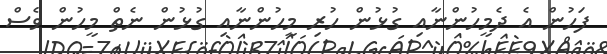
ފަހުން އެ ދެމީހުންނާއި ގުޅުން ހުރި މީހުންނާއި ގުޅުން ނެތް މީހުން ވެސް